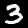
Digit: 3